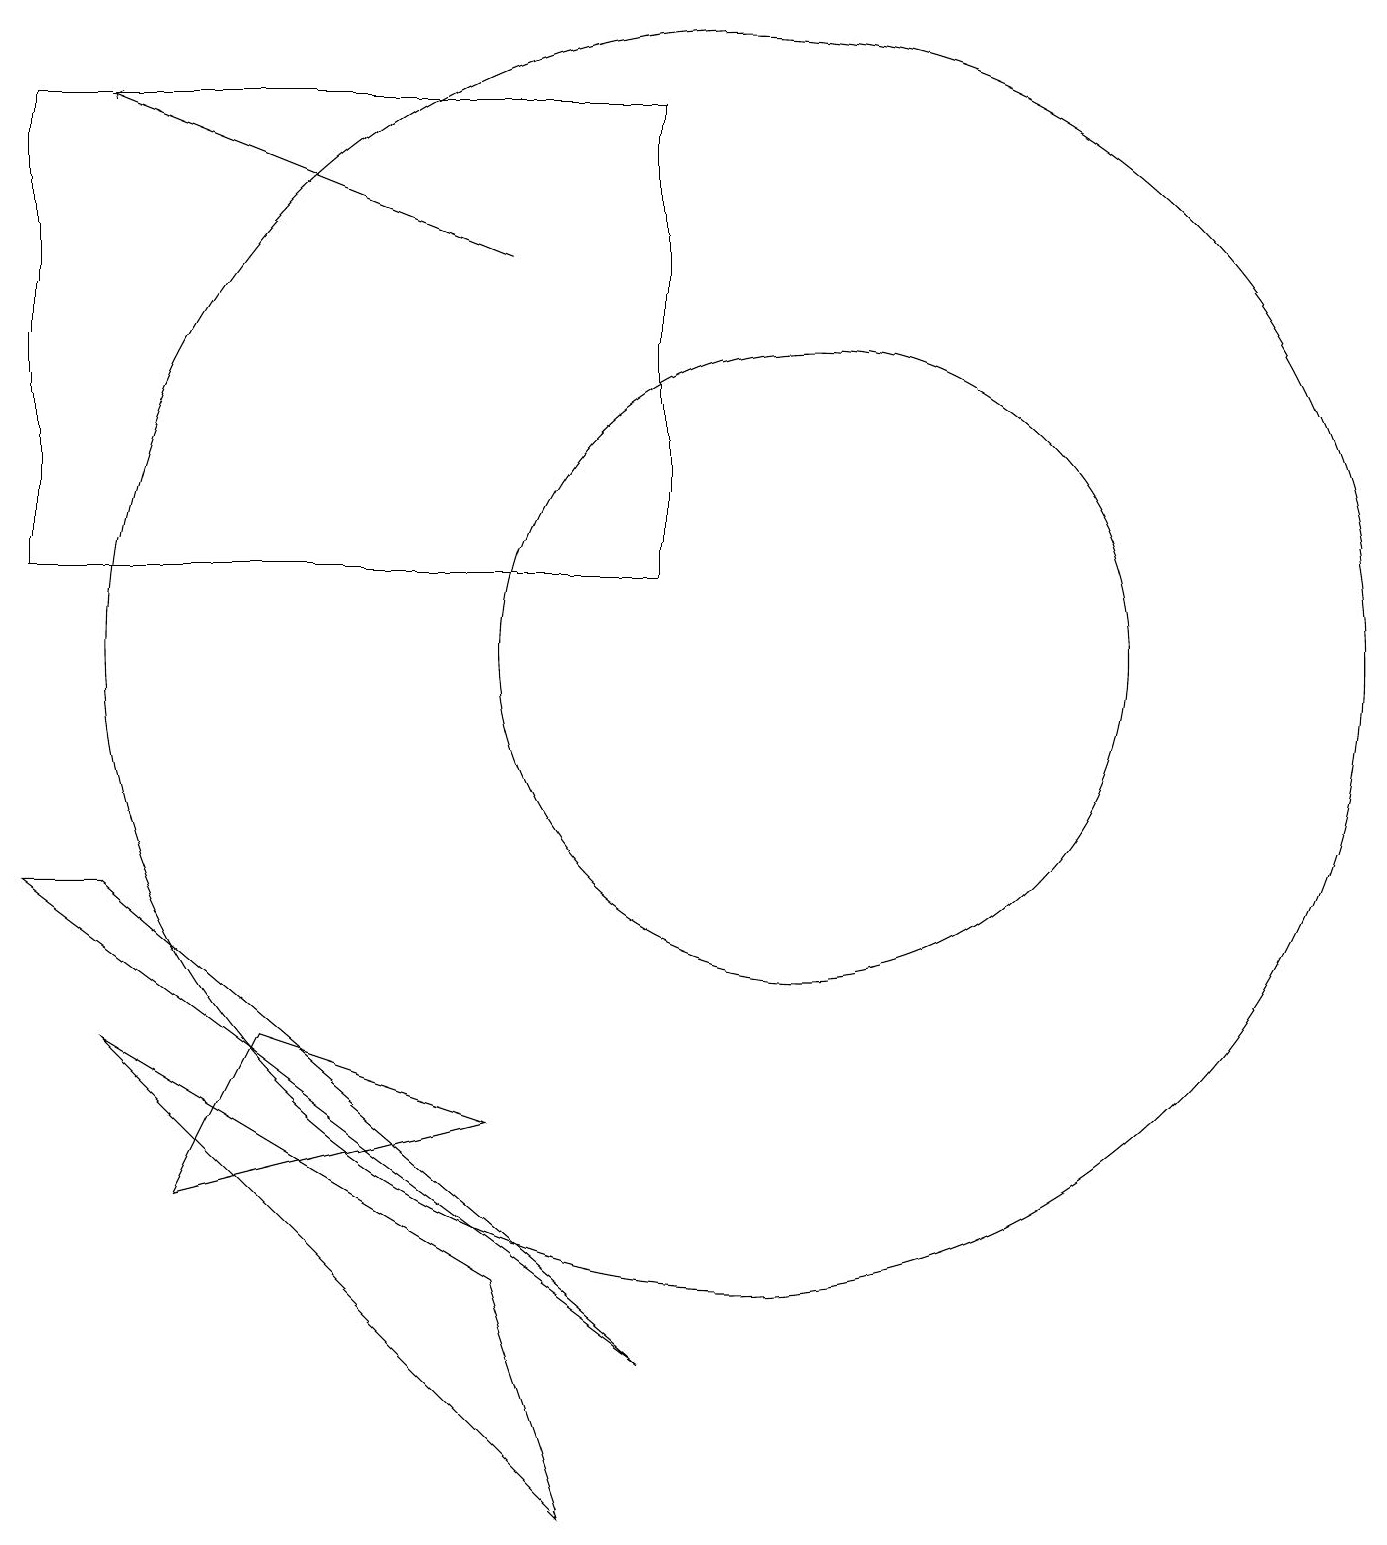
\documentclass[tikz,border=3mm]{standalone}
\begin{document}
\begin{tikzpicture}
\draw (8,0) -- (2,6) -- (7,3) -- cycle;
\draw (1,12) rectangle (9,18);
\draw (1,8) -- (9,2) -- (2,8) -- cycle;
\draw[->] (7,16) -- (2,18);
\draw (10,11) circle (8);
\draw (11,11) circle (4);
\draw (3,4) -- (4,6) -- (7,5) -- cycle;
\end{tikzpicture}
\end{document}